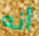
أنه